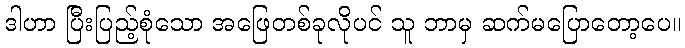
ဒါဟာ ပြီးပြည့်စုံသော အဖြေတစ်ခုလိုပင် သူ ဘာမှ ဆက်မပြောတော့ပေ။